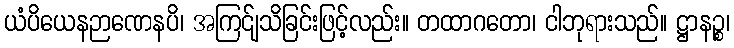
ယံပိယေနဉာဏေနပိ၊ အကြင်ျသိခြင်းဖြင့်လည်း။ တထာဂတော၊ ငါဘုရားသည်။ ဋ္ဌာနဉ္စ၊